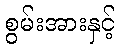
စွမ်းအားနှင့်